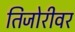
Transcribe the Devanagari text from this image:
तिजोरीवर